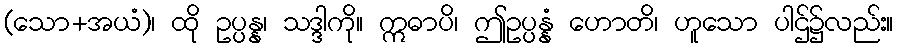
(သော+အယံ)၊ ထို ဥပ္ပန္န၊ သဒ္ဒါကို။ ဣဓာပိ၊ ဤဥပ္ပန္နံ ဟောတိ၊ ဟူသော ပါဌ်၌လည်း။